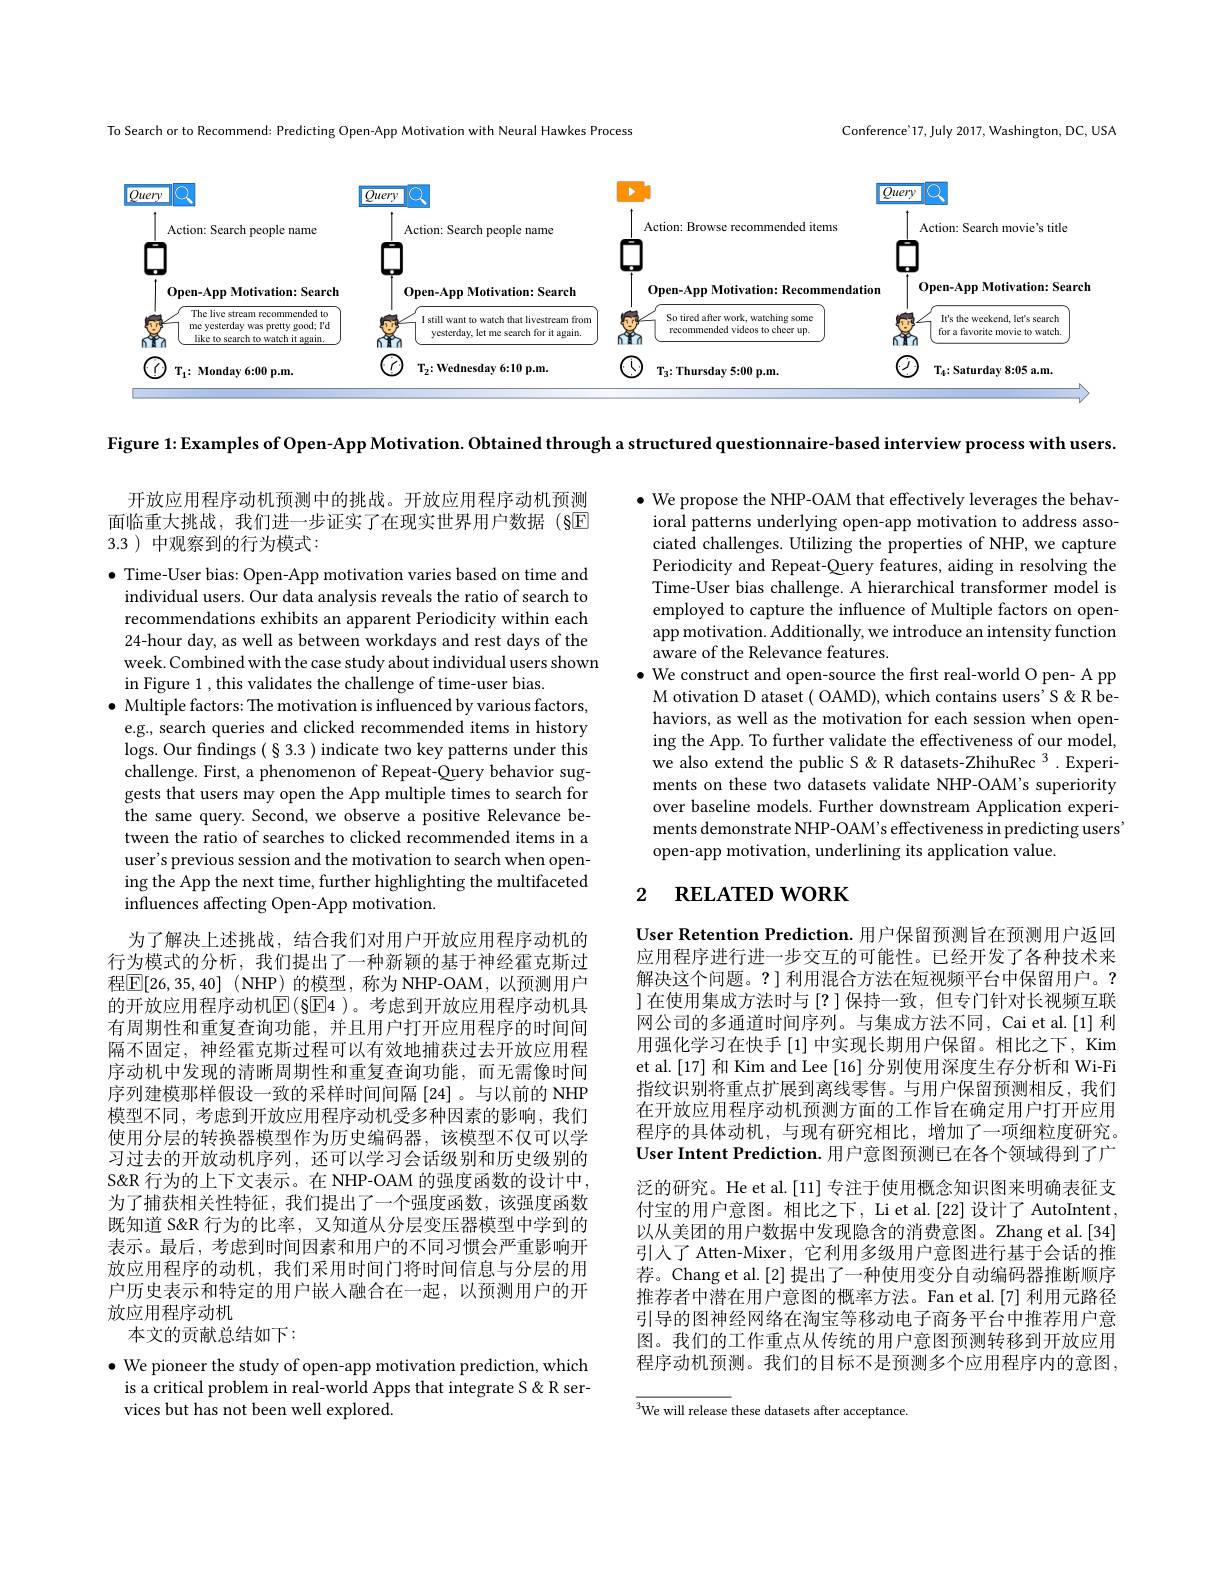
Conference'17, July 2017, Washington, DC, USA

To Search or to Recommend: Predicting Open-App Motivation with Neural Hawkes Process
<FigureHere>

Figure 1: Examples of Open-App Motivation. Obtained through a structured questionnaire-based interview process with users.

开放应用程序动机预测中的挑战。开放应用程序动机预测面临重大挑战，我们进一步证实了在现实世界用户数据 (§$\overline{\mathrm{E}}$ 3.3 )中观察到的行为模式：

$\bullet$ We propose the NHP-OAM that effectively leverages the behavioral patterns underlying open-app motivation to address associated challenges. Utilizing the properties of NHP, we capture Periodicity and Repeat-Query features, aiding in resolving the Time-User bias challenge. A hierarchical transformer model is employed to capture the influence of Multiple factors on openapp motivation. Additionally, we introduce an intensity function aware of the Relevance features.
$\bullet$ We construct and open-source the first real-world O pen- A pp M otivation D ataset ( OAMD), which contains users' S &R behaviors, as well as the motivation for each session when opening the App. To further validate the effectiveness of our model, we also extend the public S &R datasets-ZhihuRec 3 .Experiments on these two datasets validate NHP-OAM's superiority over baseline models. Further downstream Application experiments demonstrate NHP-OAM's effectiveness in predicting users open-app motivation, underlining its application value.

# 2 RELATED WORK

$\bullet$ Time-User bias: Open-App motivation varies based on time and
individual users. Our data analysis reveals the ratio of search to recommendations exhibits an apparent Periodicity within each 24-hour day, as well as between workdays and rest days of the week. Combined with the case study about individual users shown in Figure 1 , this validates the challenge of time-user bias.
$\bullet$ Multiple factors: The motivation is influenced by various factors, e.g., search queries and clicked recommended items in history logs. Our findings (§3.3 ) indicate two key patterns under this challenge. First, a phenomenon of Repeat-Query behavior suggests that users may open the App multiple times to search for the same query. Second, we observe a positive Relevance between the ratio of searches to clicked recommended items in a user's previous session and the motivation to search when opening the App the next time, further highlighting the multifaceted influences affecting Open-App motivation.
为了解决上述挑战，结合我们对用户开放应用程序动机的行为模式的分析，我们提出了一种新颖的基于神经霍克斯过程$\boxed{\mathrm{F} }[ 26, 35, 40]$ (NHP)的模型，称为NHP-OAM,以预测用户的开放应用程序动机$\mathbb{E}(\S$E4 )。考虑到开放应用程序动机具有周期性和重复查询功能，并且用户打开应用程序的时间间隔不固定，神经霍克斯过程可以有效地捕获过去开放应用程序动机中发现的清晰周期性和重复查询功能，而无需像时间序列建模那样假设一致的采样时间间隔[24]。与以前的 NHP 模型不同，考虑到开放应用程序动机受多种因素的影响，我们使用分层的转换器模型作为历史编码器，该模型不仅可以学习过去的开放动机序列，还可以学习会话级别和历史级别的S&R 行为的上下文表示。在 NHP-OAM 的强度函数的设计中， 为了捕获相关性特征，我们提出了一个强度函数，该强度函数既知道 S&R 行为的比率，又知道从分层变压器模型中学到的表示。最后，考虑到时间因素和用户的不同习惯会严重影响开放应用程序的动机，我们采用时间门将时间信息与分层的用户历史表示和特定的用户嵌人融合在一起，以预测用户的开放应用程序动机
本文的贡献总结如下：
$\bullet$ We pioneer the study of open-app motivation prediction, which

User Retention Prediction. 用户保留预测旨在预测用户返回应用程序进行进一步交互的可能性。已经开发了各种技术来解决这个问题。?] 利用混合方法在短视频平台中保留用户。? ]在使用集成方法时与[?]保持一致，但专门针对长视频互联网公司的多通道时间序列。与集成方法不同，Cai et al.[1] 利用强化学习在快手[1]中实现长期用户保留。相比之下，Kim et al.[17] 和 Kim and Lee [16] 分别使用深度生存分析和 Wi-Fi 指纹识别将重点扩展到离线零售。与用户保留预测相反，我们在开放应用程序动机预测方面的工作旨在确定用户打开应用程序的具体动机，与现有研究相比，增加了一项细粒度研究。User Intent Prediction. 用户意图预测已在各个领域得到了广泛的研究。He et al.[11] 专注于使用概念知识图来明确表征支付宝的用户意图。相比之下，Li et al.[22] 设计了 AutoIntent, 以从美团的用户数据中发现隐含的消费意图。Zhang et al.[34] 引人了 Atten-Mixer, 它利用多级用户意图进行基于会话的推荐。Chang et al.[2] 提出了一种使用变分自动编码器推断顺序推荐者中潜在用户意图的概率方法。Fan et al.[7] 利用元路径引导的图神经网络在淘宝等移动电子商务平台中推荐用户意图。我们的工作重点从传统的用户意图预测转移到开放应用程序动机预测。我们的目标不是预测多个应用程序内的意图，

is a critical problem in real-world Apps that integrate S &R ser-
vices but has not been well explored.

$^{3}$We will release these datasets after acceptance